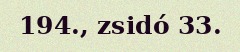
194., zsidó 33.